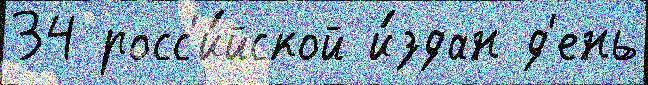
34 росс'и́йской и́здан д'ень